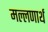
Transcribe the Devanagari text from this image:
मल्लणार्थ